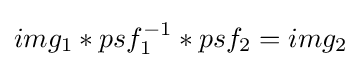
img_{1}*psf_{1}^{-1}*psf_{2}=img_{2}